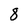
Character: 8